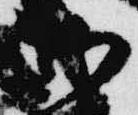
御